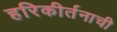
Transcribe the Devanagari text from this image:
हरिकीर्तनाची